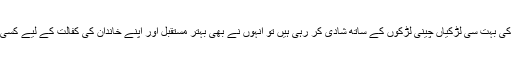
جب اُنہوں نے دیکھا کہ اُن کی کمیونٹی کی بہت سی لڑکیاں چینی لڑکوں کے ساتھ شادی کر رہی ہیں تو اُنہوں نے بھی بہتر مستقبل اور اپنے خاندان کی کفالت کے لیے کسی چینی لڑکے سے شادی کا فیصلہ کر لیا۔